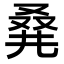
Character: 𠭌